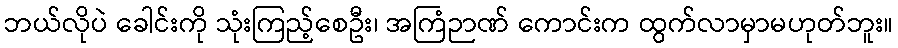
ဘယ်လိုပဲ ခေါင်းကို သုံးကြည့်စေဦး၊ အကြံဉာဏ် ကောင်းက ထွက်လာမှာမဟုတ်ဘူး။